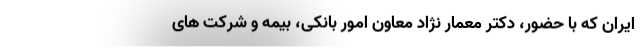
ایران که با حضور، دکتر معمار نژاد معاون امور بانکی، بیمه و شرکت های